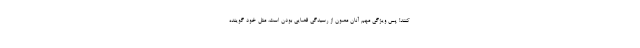
کنند! پس ویژگی مهم آنان مصون از رسیدگی قضایی بودن است، مثل خود گوینده